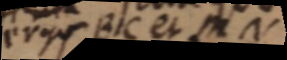
ergo BIC et MN